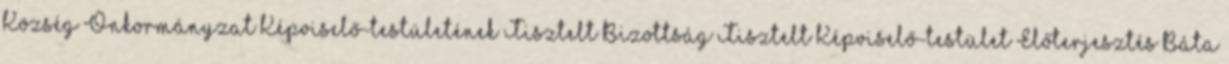
Község Önkormányzat Képviselő-testületének Tisztelt Bizottság Tisztelt Képviselő-testület Előterjesztés Báta